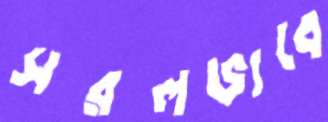
সরলভাবে